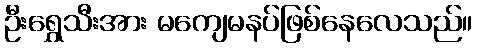
ဦးရွှေသီးအား မကျေမနပ်ဖြစ်နေလေသည်။